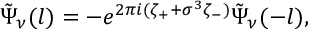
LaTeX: \tilde { \Psi } _ { \nu } ( l ) = - e ^ { 2 \pi i ( \zeta _ { + } + \sigma ^ { 3 } \zeta _ { - } ) } \tilde { \Psi } _ { \nu } ( - l ) ,